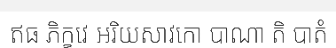
ឥធ ភិក្ខវេ អរិយសាវកោ បាណា តិ បាតំ